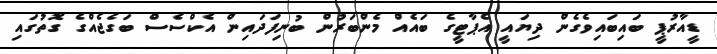
ޑީއާރުޕީ ބައިބައިވެގެން ދިޔައީ އެޕާޓީގެ ބައެއް މެންބަރުން ބުނިފަދައިން އެކްސެސް ބަގެޖެއްގެ ގޮތުގައި